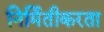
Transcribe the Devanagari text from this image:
निर्मितीकरता